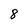
Character: 8